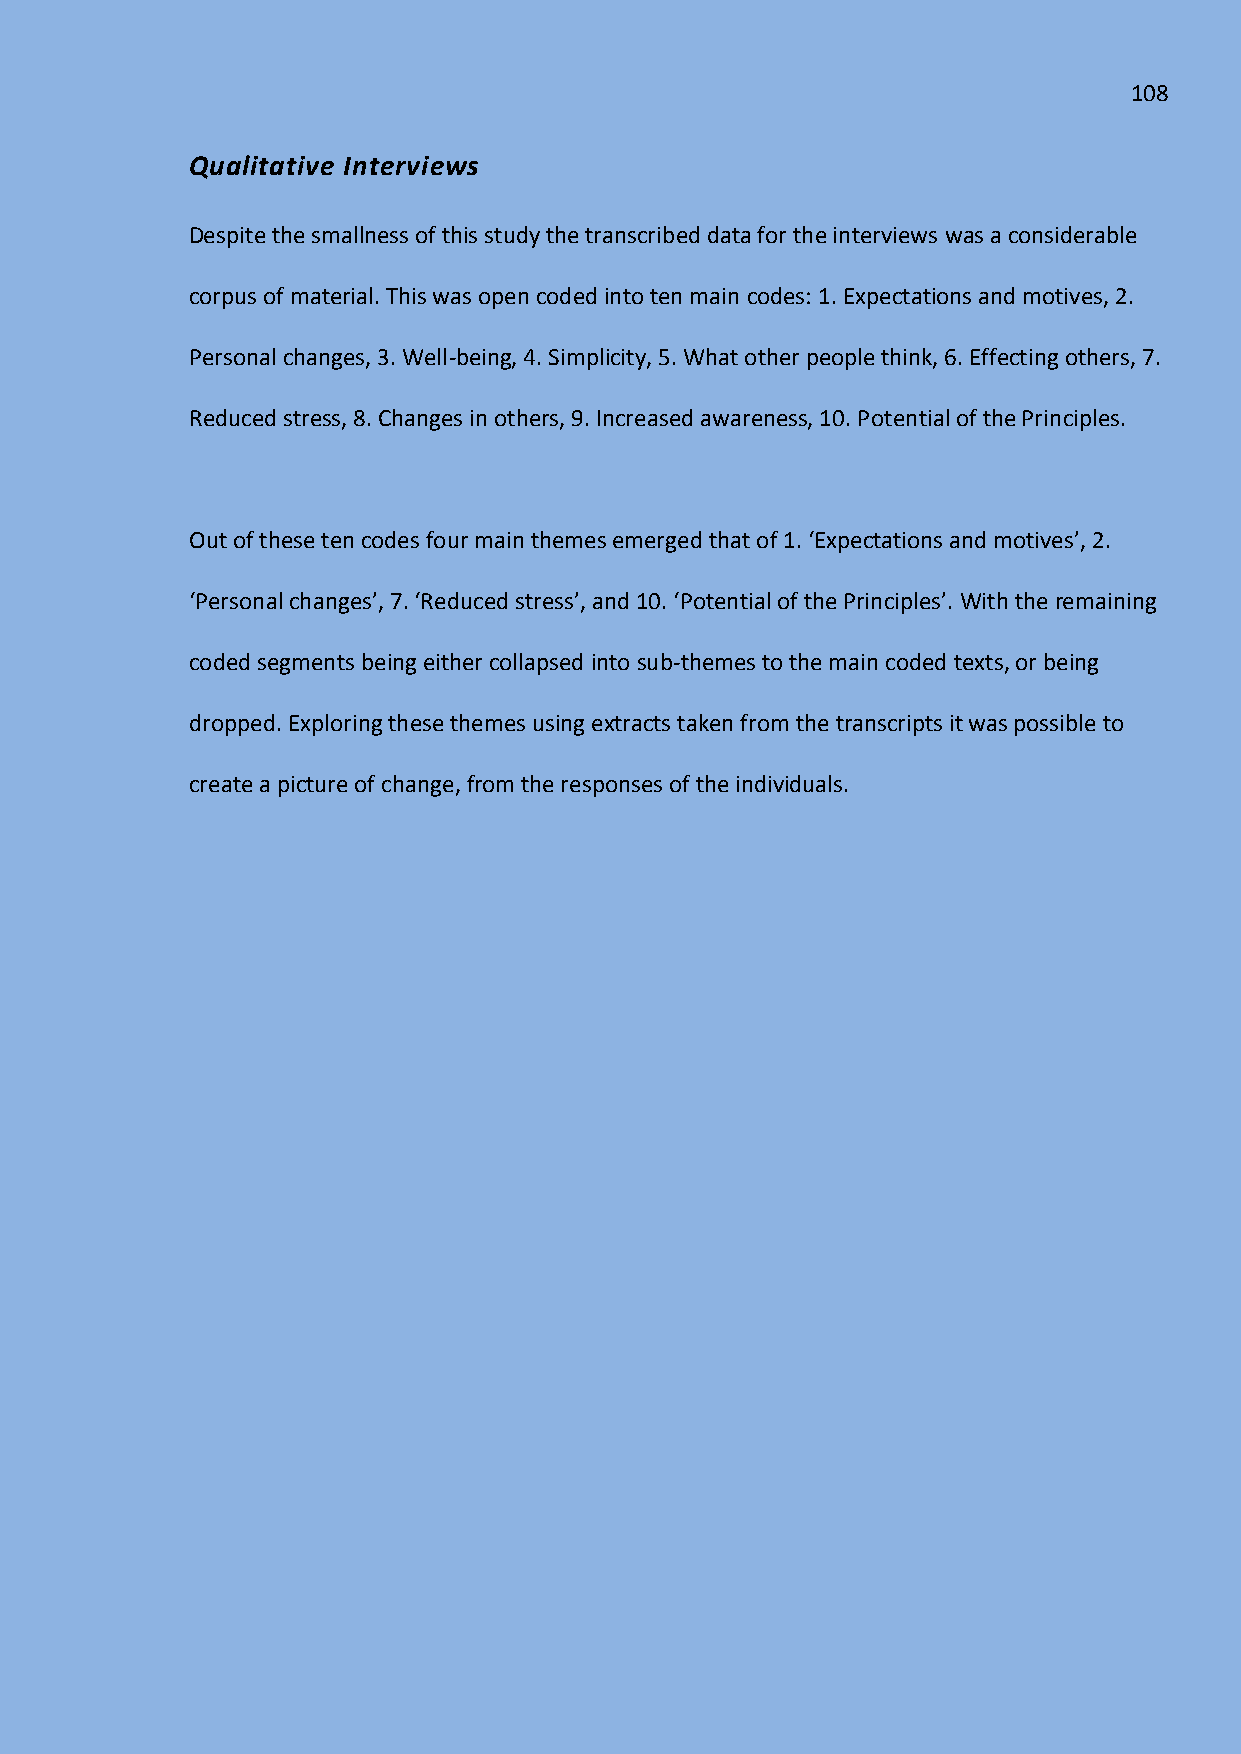
108
 Qualitative Interviews
 Despite the smallness of this study the transcribed data for the interviews was a considerable
 corpus of material. This was open coded into ten main codes: 1. Expectations and motives, 2.
 Personal changes, 3. Well-being, 4. Simplicity, 5. What other people think, 6. Effecting others, 7.
 Reduced stress, 8. Changes in others, 9. Increased awareness, 10. Potential of the Principles.
 Out of these ten codes four main themes emerged that of 1. ‘Expectations and motives’, 2.
 ‘Personal changes’, 7. ‘Reduced stress’, and 10. ‘Potential of the Principles’. With the remaining
 coded segments being either collapsed into sub-themes to the main coded texts, or being
 dropped. Exploring these themes using extracts taken from the transcripts it was possible to
 create a picture of change, from the responses of the individuals.